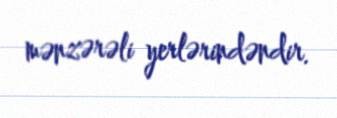
mənzərəli yerlərindəndir.